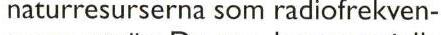
naturresurserna som radiofrekven-